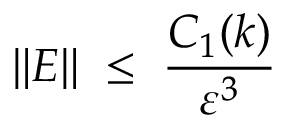
\| E \| \; \leq \; \frac { C _ { 1 } ( k ) } { \varepsilon ^ { 3 } }